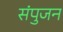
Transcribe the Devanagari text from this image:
संपुजन